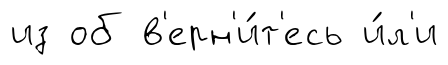
из об в'ерн'и́т'есь и́л'и